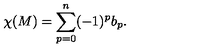
\chi ( M ) = \sum _ { p = 0 } ^ { n } ( - 1 ) ^ { p } b _ { p } .